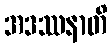
အဒဿနာတိ